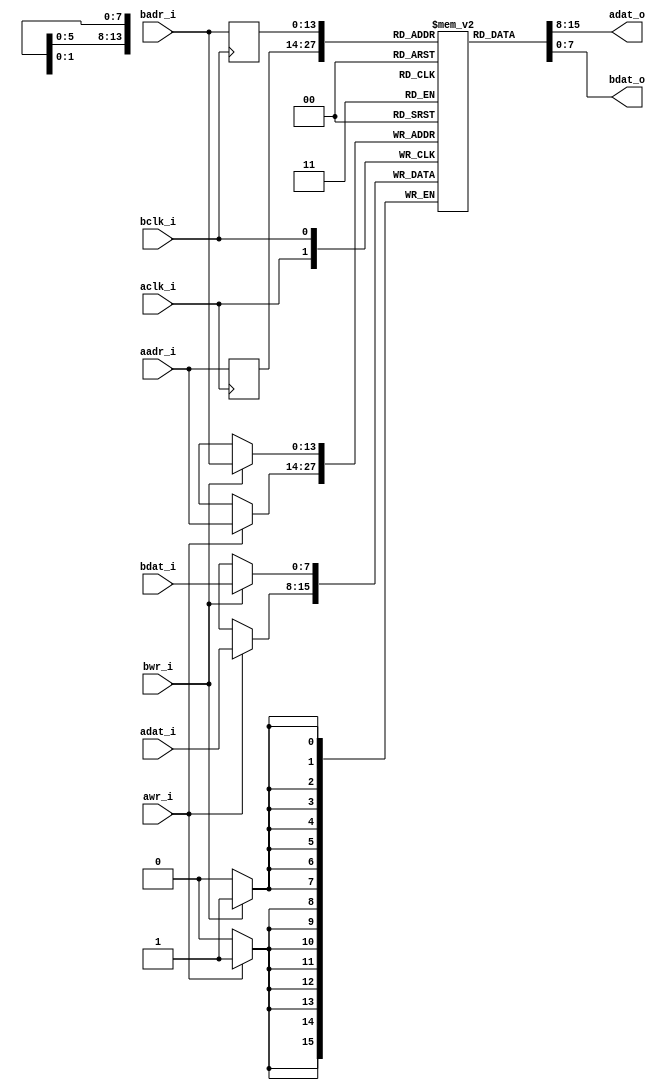
module ram_dp8
(
    aclk_i,
    aadr_i,
    adat_i,
    awr_i,
    adat_o,

    bclk_i,
    badr_i,
    bdat_i,
    bwr_i,
    bdat_o
);

//-----------------------------------------------------------------
// Params
//-----------------------------------------------------------------
parameter  [31:0]       WIDTH = 8;
parameter  [31:0]       SIZE = 14;

//-----------------------------------------------------------------
// I/O
//-----------------------------------------------------------------
input                   aclk_i /*verilator public*/;
output [(WIDTH - 1):0]  adat_o /*verilator public*/;
input [(WIDTH - 1):0]   adat_i /*verilator public*/;
input [(SIZE - 1):0]    aadr_i /*verilator public*/;
input                   awr_i /*verilator public*/;
input                   bclk_i /*verilator public*/;
output [(WIDTH - 1):0]  bdat_o /*verilator public*/;
input [(WIDTH - 1):0]   bdat_i /*verilator public*/;
input [(SIZE - 1):0]    badr_i /*verilator public*/;
input                   bwr_i /*verilator public*/;

//-----------------------------------------------------------------
// Registers
//-----------------------------------------------------------------
/* verilator lint_off MULTIDRIVEN */
reg [(WIDTH - 1):0]     ram [((2<< (SIZE-1)) - 1):0] /*verilator public*/;
/* verilator lint_on MULTIDRIVEN */

reg [(SIZE - 1):0]      rd_addr_a;
reg [(SIZE - 1):0]      rd_addr_b;
wire [(WIDTH - 1):0]    adat_o;
wire [(WIDTH - 1):0]    bdat_o;

//-----------------------------------------------------------------
// Processes
//-----------------------------------------------------------------
always @ (posedge aclk_i)
begin
    if (awr_i == 1'b1)
        ram[aadr_i] <= adat_i;
    rd_addr_a <= aadr_i;
end
always @ (posedge bclk_i)
begin
    if (bwr_i == 1'b1)
        ram[badr_i] <= bdat_i;
    rd_addr_b <= badr_i;
end

//-------------------------------------------------------------------
// Combinatorial
//-------------------------------------------------------------------
assign adat_o = ram[rd_addr_a];
assign bdat_o = ram[rd_addr_b];

endmodule